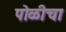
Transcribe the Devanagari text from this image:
पोळीचा